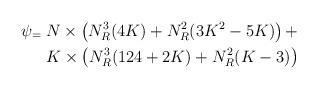
LaTeX: \begin{align*}\psi_ = \: N \times \left(N_R^3(4K) + N_R^2(3K^2-5K)\right) + \\K \times \left(N_R^3(124 + 2K) + N_R^2(K-3)\right)\end{align*}